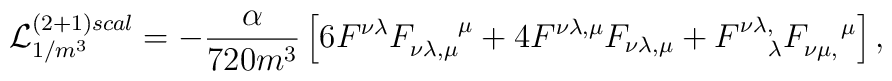
{\cal L}^{(2+1)scal}_{1/m^3}=-\frac{\alpha}{720 m^3} \left[6 F^{\nu \lambda}F_{\nu\lambda,\mu}^{~~~~\mu}+4F^{\nu \lambda,\mu}F_{\nu\lambda,\mu}+F^{\nu \lambda,}_{~~~\lambda}F_{\nu\mu,}^{~~~\mu}\right],